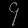
Digit: ၄